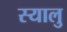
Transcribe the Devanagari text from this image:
स्यालु